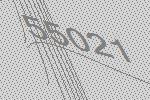
55021